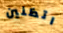
اتظنين